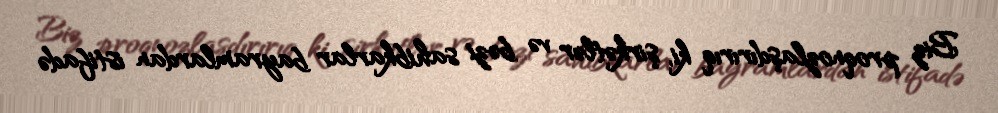
Biz proqnozlaşdırırıq ki, şirkətlər və bəzi sahibkarlar bayramlardan istifadə